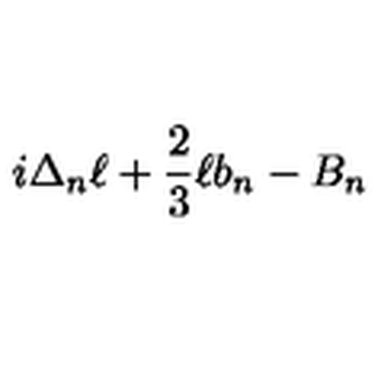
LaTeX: i \Delta _ { n } \ell + { \frac { 2 } { 3 } } \ell b _ { n } - B _ { n }